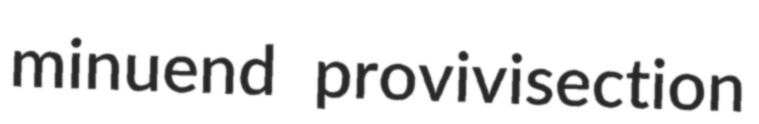
minuend provivisection